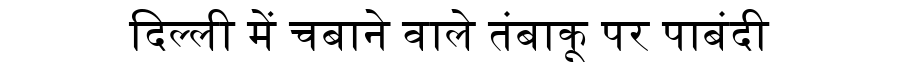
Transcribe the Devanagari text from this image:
दिल्ली में चबाने वाले तंबाकू पर पाबंदी